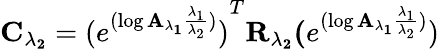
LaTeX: \mathbf{C_{\lambda_{2}}}={(e^{(\log\mathbf{{A_{\lambda_{1}}}}\frac{\lambda_{1}}{\lambda_{2}})})}^{T}\mathbf{R_{\lambda_{2}}}\mathbf(e^{(\log\mathbf{{A_{\lambda_{1}}}}\frac{\lambda_{1}}{\lambda_{2}})})